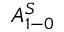
A _ { 1 - 0 } ^ { S }